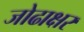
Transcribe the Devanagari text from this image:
जोढाक्षर